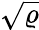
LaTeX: \sqrt{\varrho}